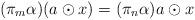
LaTeX: \begin{align*}(\pi_m\alpha)(a\odot x)=(\pi_n\alpha) a\odot x\end{align*}